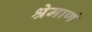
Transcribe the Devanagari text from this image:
श्रेमाणं